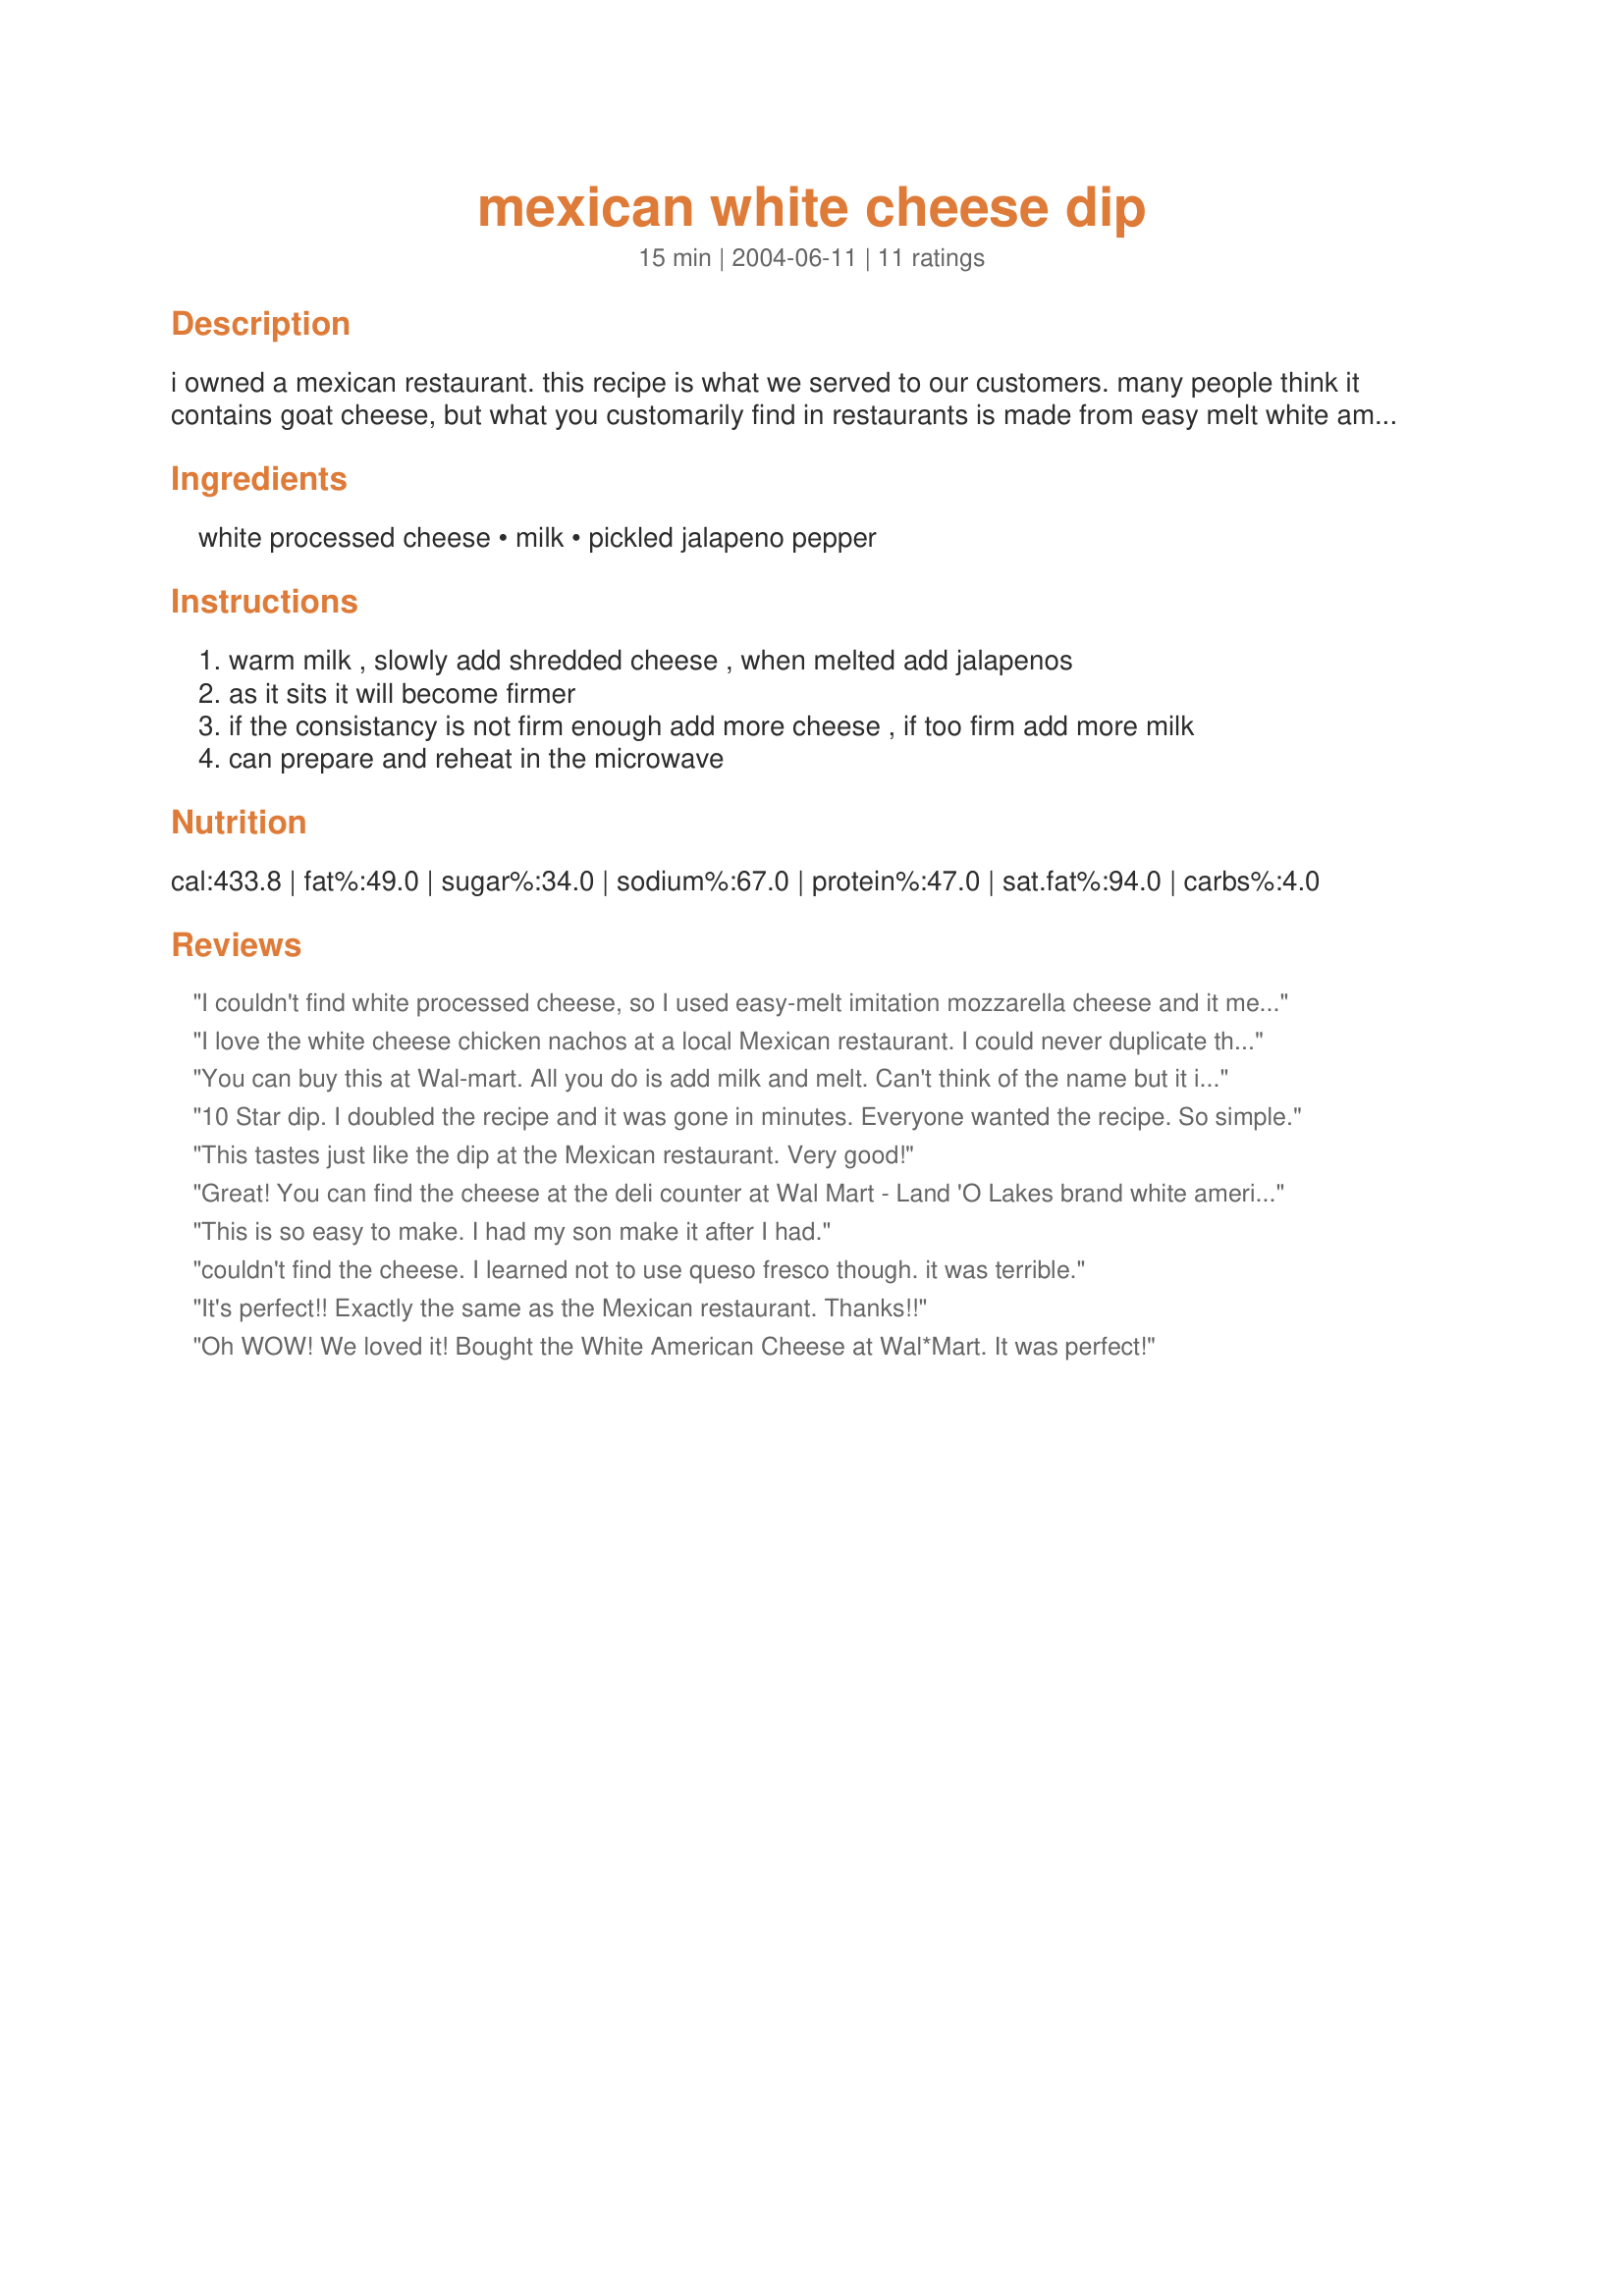
mexican white cheese dip
Preparation time: 15 minutes

i owned a mexican restaurant. this recipe is what we served to our customers. many people think it contains goat cheese, but what you customarily find in restaurants is made from easy melt white american cheese, purchased thru suppliers or large supermarkets.

Ingredients:
white processed cheese, milk, pickled jalapeno pepper

Steps:
warm milk , slowly add shredded cheese , when melted add jalapenos
as it sits it will become firmer
if the consistancy is not firm enough add more cheese , if too firm add more milk
can prepare and reheat in the microwave

Reviews:
I couldn't find white processed cheese, so I used easy-melt imitation mozzarella cheese and it melted ok, but tasted funky...like imitation cheese, but once I processed the jalapenos and added them, it was pretty good. I bet it's fantastic when you use the right cheese. Thanks for posting this recipe.
I love the white cheese chicken nachos at a local Mexican restaurant. I could never duplicate them Now I can. I just added some shredded chicken and there it was! Absolutely delicious. Thanks!
You can buy this at Wal-mart. All you do is add milk and melt. Can't think of the name but it is with the cream cheese, and those kind of cheese's. It is round
10 Star dip. I doubled the recipe and it was gone in minutes. Everyone wanted the recipe. So simple.
This tastes just like the dip at the Mexican restaurant. Very good!
Great! You can find the cheese at the deli counter at Wal Mart - Land 'O Lakes brand white american. This cheese was pretty much the main reason we went to mexican restaurants, now we can make it at home. Thanks for posting!
This is so easy to make. I had my son make it after I had.
couldn't find the cheese. I learned not to use queso fresco though. it was terrible.
It's perfect!! Exactly the same as the Mexican restaurant. Thanks!!
Oh WOW! We loved it!

Bought the White American Cheese at Wal*Mart. It was perfect!
This was the worst thing i have ever tasted. It is definately not what they serve in the mexican restaurants.
